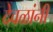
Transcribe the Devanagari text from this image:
देवळांनी